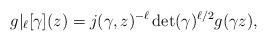
LaTeX: \begin{align*} g|_{\ell}[\gamma] (z) = j(\gamma,z)^{-\ell}\det(\gamma)^{\ell/2} g(\gamma z),\end{align*}